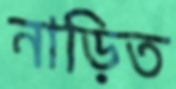
নাড়িত